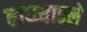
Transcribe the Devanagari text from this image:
कप्प्यातले